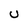
Character: U